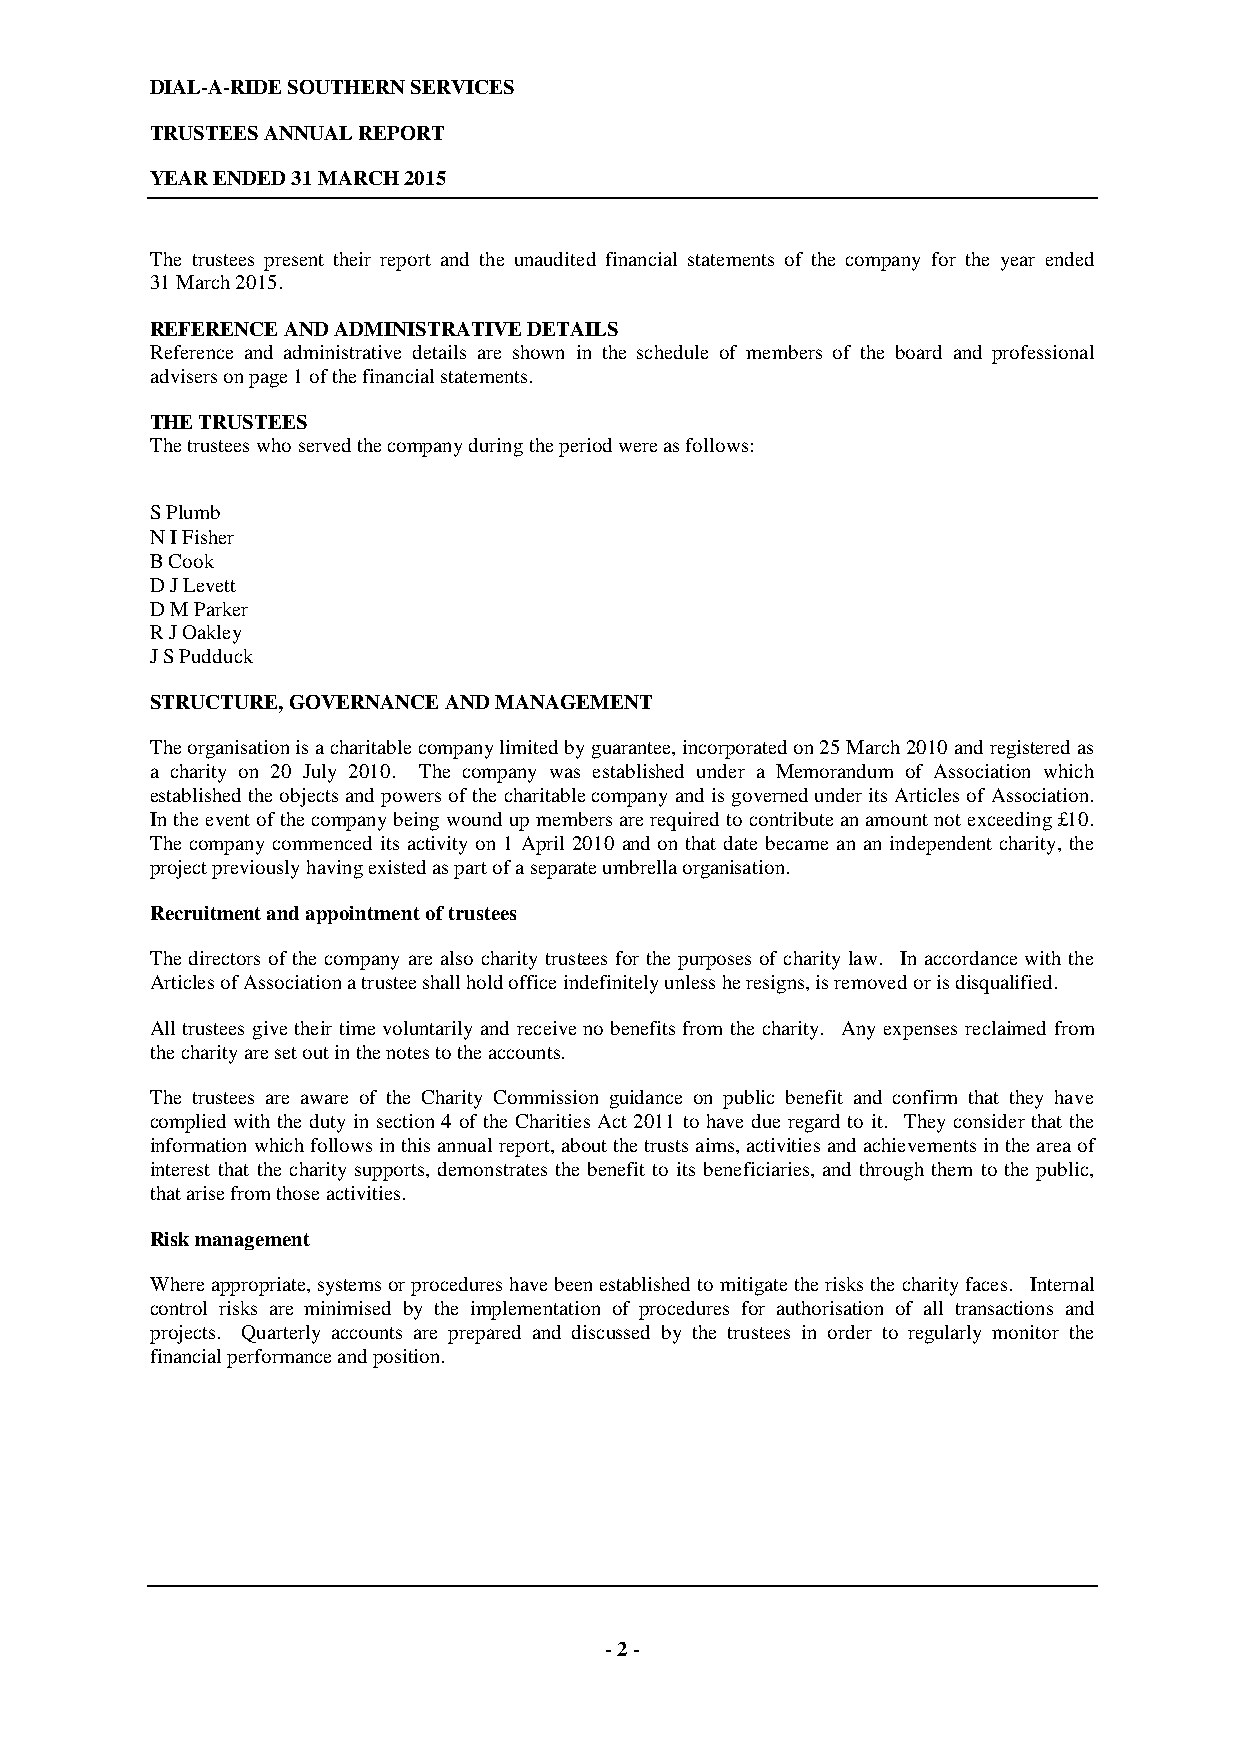
DIAL-A-RIDE SOUTHERN SERVICES
 TRUSTEES ANNUAL REPORT
 YEAR ENDED 31 MARCH 2015
 The trustees present their report and the unaudited financial statements of the company for the year ended
 31 March 2015.
 REFERENCE AND ADMINISTRATIVE DETAILS
 Reference and administrative details are shown in the schedule of members of the board and professional
 advisers on page 1 of the financial statements.
 THE TRUSTEES
 The trustees who served the company during the period were as follows:
 S Plumb
 N I Fisher
 B Cook
 D J Levett
 D M Parker
 R J Oakley
 J S Pudduck
 STRUCTURE, GOVERNANCE AND MANAGEMENT
 The organisation is a charitable company limited by guarantee, incorporated on 25 March 2010 and registered as
 a charity on 20 July 2010. The company was established under a Memorandum of Association which
 established the objects and powers of the charitable company and is governed under its Articles of Association.
 In the event of the company being wound up members are required to contribute an amount not exceeding £10.
 The company commenced its activity on 1 April 2010 and on that date became an an independent charity, the
 project previously having existed as part of a separate umbrella organisation.
 Recruitment and appointment of trustees
 The directors of the company are also charity trustees for the purposes of charity law. In accordance with the
 Articles of Association a trustee shall hold office indefinitely unless he resigns, is removed or is disqualified.
 All trustees give their time voluntarily and receive no benefits from the charity. Any expenses reclaimed from
 the charity are set out in the notes to the accounts.
 The trustees are aware of the Charity Commission guidance on public benefit and confirm that they have
 complied with the duty in section 4 of the Charities Act 2011 to have due regard to it. They consider that the
 information which follows in this annual report, about the trusts aims, activities and achievements in the area of
 interest that the charity supports, demonstrates the benefit to its beneficiaries, and through them to the public,
 that arise from those activities.
 Risk management
 Where appropriate, systems or procedures have been established to mitigate the risks the charity faces. Internal
 control risks are minimised by the implementation of procedures for authorisation of all transactions and
 projects. Quarterly accounts are prepared and discussed by the trustees in order to regularly monitor the
 financial performance and position.
 - 2 -